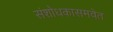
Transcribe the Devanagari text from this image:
संशोधकासमवेत